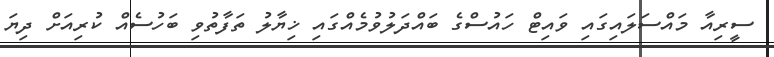
ސީރިއާ މައްސަލައިގައި ވައިޓް ހައުސްގެ ބައްދަލުވުމެއްގައި ޚިޔާލު ތަފާތުވި ބަހުސެއް ކުރިއަށް ދިޔަ